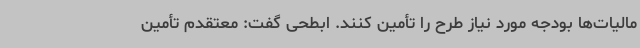
مالیات‌ها بودجه مورد نیاز طرح را تأمین کنند. ابطحی گفت: معتقدم تأمین